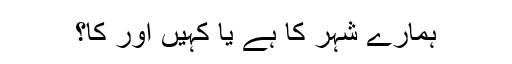
ہمارے شہر کا ہے یا کہیں اور کا؟